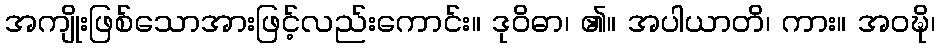
အကျိုးဖြစ်သောအားဖြင့်လည်းကောင်း။ ဒုဝိဓာ၊ ၏။ အပါယာတိ၊ ကား။ အဝဍ္ဎိ၊